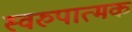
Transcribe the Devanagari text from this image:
स्वरुपात्मक